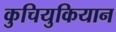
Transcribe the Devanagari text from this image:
कुचियुकियान